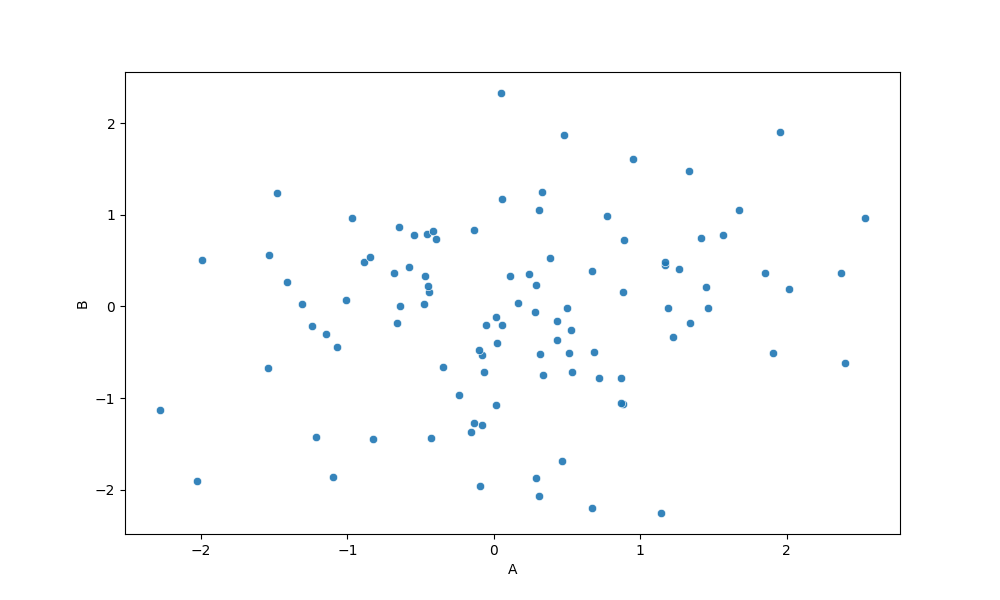
python, seaborn, scatterplot, hue='None', style='None', size='None', palette='deep', alpha=0.9